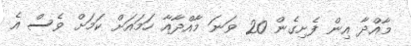
މާއްދާ އިން ފެށިގެން 20 ވަނަ މާއްދާއާ ހަމައަށް ކަމަށް ވެސް އެ